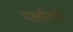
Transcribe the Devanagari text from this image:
गलतियों